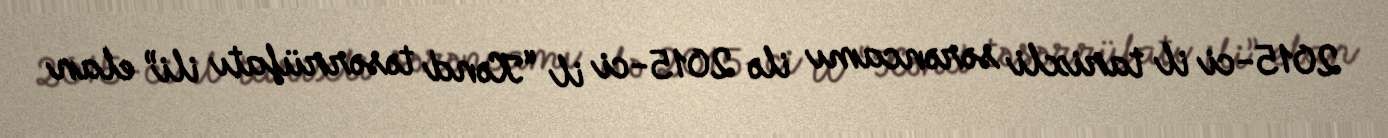
2015-ci il tarixli sərəncamı ilə 2015-ci il “Kənd təsərrüfatı ili” elan